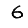
Digit: 6